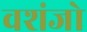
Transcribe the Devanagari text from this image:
वशंजो